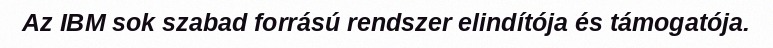
Az IBM sok szabad forrású rendszer elindítója és támogatója.